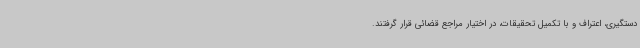
دستگیری، اعتراف و با تکمیل تحقیقات، در اختیار مراجع قضائی قرار گرفتند.